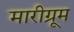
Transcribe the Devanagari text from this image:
मारीग्रूम